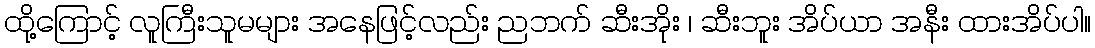
ထို့ကြောင့် လူကြီးသူမများ အနေဖြင့်လည်း ညဘက် ဆီးအိုး ၊ ဆီးဘူး အိပ်ယာ အနီး ထားအိပ်ပါ။